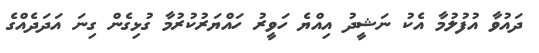
ދައުވާ އުފުލުމާ އެކު ނަޝީދު އިއްޔެ ހަވީރު ހައްޔަރުކުރުމާ ގުޅިގެން ގިނަ އަދަދެއްގެ